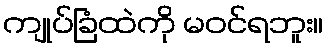
ကျုပ်ခြံထဲကို မဝင်ရဘူး။